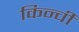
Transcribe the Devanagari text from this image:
किन्ची